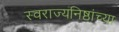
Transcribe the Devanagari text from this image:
स्वराज्यनिष्ठांच्या